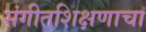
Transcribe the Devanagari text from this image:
संगीतशिक्षणाचा